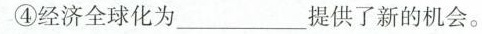
④经济全球化为___提供了新的机会。